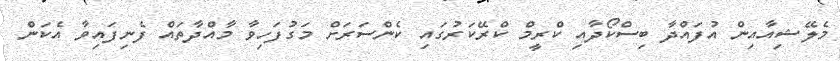
މެލޭޝިއާއިން އުފައްދާ ބިސްކޯދާއި ކްރީމް ކްރޭކަރުގައި ކެންސަރަށް މަގުފަހިވާ މާއްދާތައް ފެނިފައިވާ އެކަން